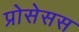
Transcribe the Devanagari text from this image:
प्रोसेसस